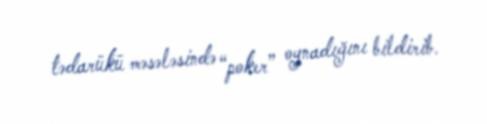
tədarükü məsələsində “poker” oynadığını bildirib.